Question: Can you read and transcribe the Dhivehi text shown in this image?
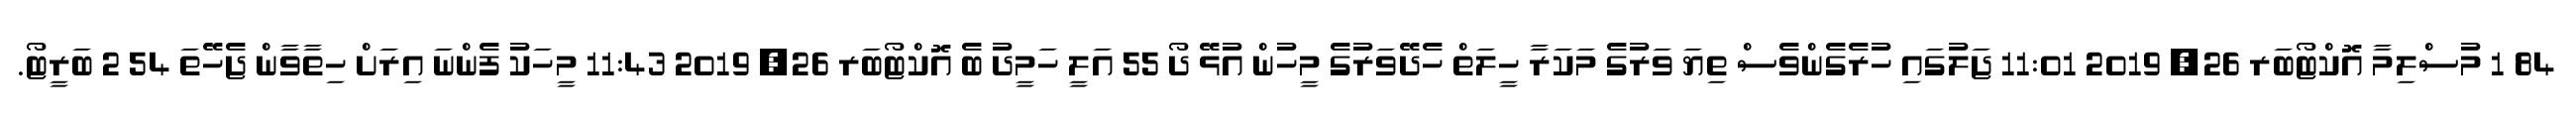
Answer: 84 1 މުސްލިމާ އޮކްޓޯބަރ 26, 2019 11:01 ޖަލުގައި ހުރެގެންވެސް ތިޔަ ވަރުގެ މަކަރާ ހީލަތް ހެދޭވަރުގެ މީހުން އުޅޭ ދޯ 55 އަލީ ހަމީދު ބެ އޮކްޓޯބަރ 26, 2019 11:43 މީހަކު ފެންނަ އިރަށް ހިތާވާން ޖެހޭތަ 54 2 ބަރީޓޯ.